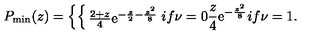
P _ { \mathrm { m i n } } ( z ) = \left\{ \begin{cases} { { \frac { 2 + z } { 4 } } \mathrm { e } ^ { - { \frac { z } { 2 } } - { \frac { z ^ { 2 } } { 8 } } } } & { i f \nu = 0 } \\ { { \frac { z } { 4 } } \mathrm { e } ^ { - { \frac { z ^ { 2 } } { 8 } } } } & { i f \nu = 1 . } \\ \end{cases} \right.